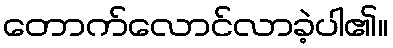
တောက်လောင်လာခဲ့ပါ၏။